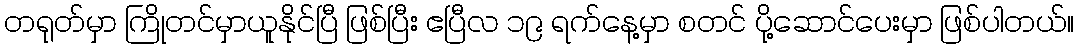
တရုတ်မှာ ကြိုတင်မှာယူနိုင်ပြီ ဖြစ်ပြီး ဧပြီလ ၁၉ ရက်နေ့မှာ စတင် ပို့ဆောင်ပေးမှာ ဖြစ်ပါတယ်။